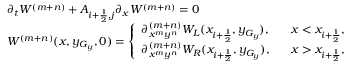
\begin{array} { l l } { \partial _ { t } W ^ { ( m + n ) } + A _ { i + \frac { 1 } { 2 } , j } \partial _ { x } W ^ { ( m + n ) } = 0 } \\ { W ^ { ( m + n ) } ( x , y _ { G _ { y } } , 0 ) = \left\{ \begin{array} { l l } { \partial _ { x ^ { m } y ^ { n } } ^ { ( m + n ) } W _ { L } ( x _ { i + \frac { 1 } { 2 } } , y _ { G _ { y } } ) , } & { \; \; \; x < x _ { i + \frac { 1 } { 2 } } , } \\ { \partial _ { x ^ { m } y ^ { n } } ^ { ( m + n ) } W _ { R } ( x _ { i + \frac { 1 } { 2 } } , y _ { G _ { y } } ) , } & { \; \; \; x > x _ { i + \frac { 1 } { 2 } } , } \end{array} \right. } \end{array}